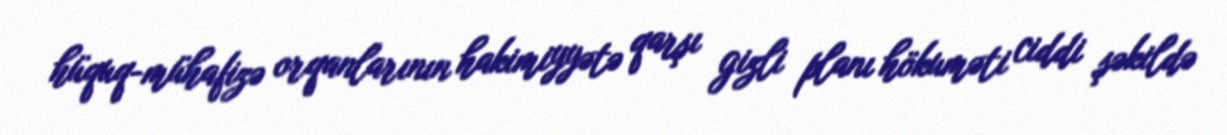
hüquq-mühafizə orqanlarının hakimiyyətə qarşı gizli planı hökuməti ciddi şəkildə